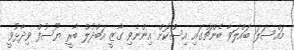
މައްސަލަ ބައްލަވާ ބެންޗުގައި އިސްކޮށް އިންނެވި ގާޒީ އަބްދުލް ބާރީ ޔޫސުފް ވިދާޅުވީ